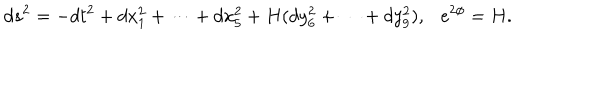
LaTeX: d s ^ { 2 } = - d t ^ { 2 } + d x _ { 1 } ^ { 2 } + \cdots + d x _ { 5 } ^ { 2 } + H ( d y _ { 6 } ^ { 2 } + \cdots + d y _ { 9 } ^ { 2 } ) , \ \ \ e ^ { 2 \phi } = H .